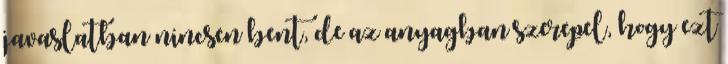
javaslatban nincsen bent, de az anyagban szerepel, hogy ezt